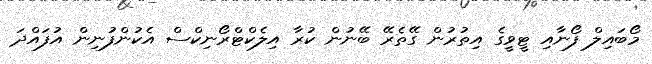
މޯބައިލް ފޯނާއި ޓީވީގެ އިތުރުން ގޭތެރޭ ބޭނުން ކުރާ އިލެކްޓްރޯނިކްސް އެކުންފުނިން އުފައްދަ